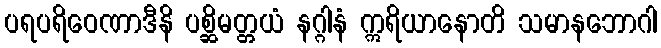
ပရပရိဝေဏာဒီနိ ပစ္ဆိမတ္တယံ နဂ္ဂါနံ ဣရိယာနောတိ သမာနဘောဂါ